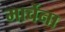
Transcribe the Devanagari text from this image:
मार्चेना